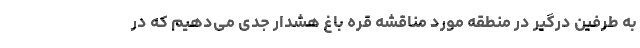
به طرفین درگیر در منطقه مورد مناقشه قره باغ هشدار جدی می‌دهیم که در